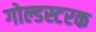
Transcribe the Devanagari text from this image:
गोल्डस्टरक